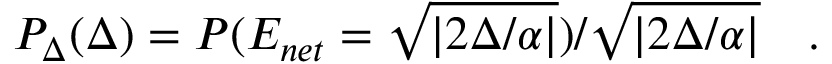
P _ { \Delta } ( \Delta ) = P ( E _ { n e t } = \sqrt { | 2 \Delta / \alpha | } ) / \sqrt { | 2 \Delta / \alpha | } \quad .